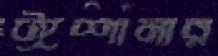
ঈশানার